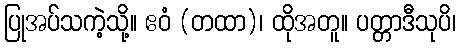
ပြုအပ်သကဲ့သို့။ ဧဝံ (တထာ)၊ ထိုအတူ။ ပတ္တာဒီသုပိ၊